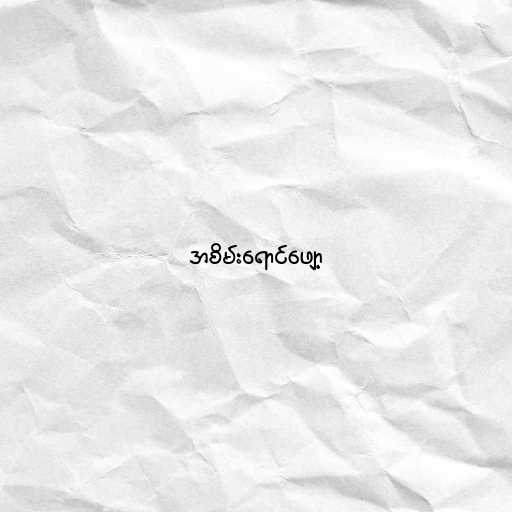
အစိမ်းရောင်ဖျော့